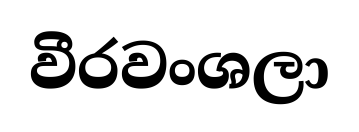
වීරවංශලා